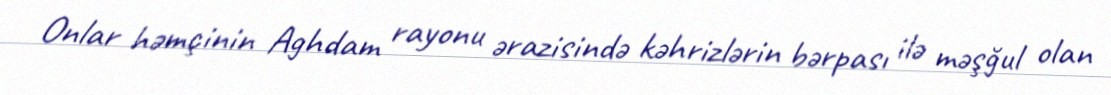
Onlar həmçinin Aghdam rayonu ərazisində kəhrizlərin bərpası ilə məşğul olan